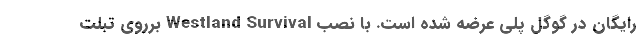
رایگان در گوگل پلی عرضه شده است. با نصب Westland Survival برروی تبلت